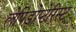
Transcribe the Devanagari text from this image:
लेपिडोप्टेरिस्ट